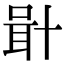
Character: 𠦫